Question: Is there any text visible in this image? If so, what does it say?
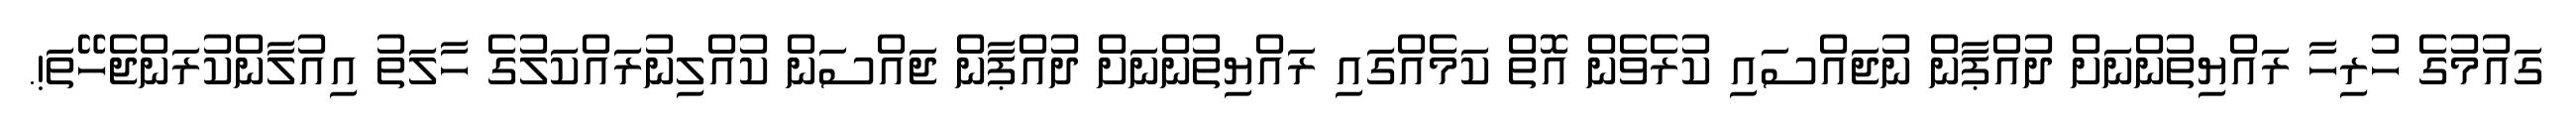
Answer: ގައުމުގެ ހުރިހާ ރައްޔިތުންނަށް ދުއްޕާން ނުޖައްސައި ކުރެވެން އޮތް ކަމެއްގައި ރައްޔިތުންނަށް ދުއްޕާން ޖައްސަން ކުއްލިނުރައްކަލުގެ ހާލަތު އިއުލާންކުރަންޖެހޭތަ!.